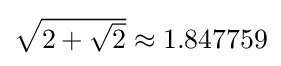
{\textstyle {\sqrt {2+{\sqrt {2}}}}\approx 1.847759}